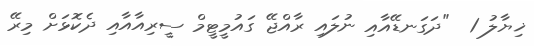
ޚިޔާލު 1  "ދަގަނޑޭއާއި ނުލައި ރާއްޖޭ ގައުމީޓީމް ސީރިއާއާއި ދެކޮޅަށް މިރޭ